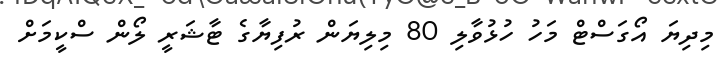
މިދިޔަ އޯގަސްޓް މަހު ހުޅުވާލި 80 މިލިޔަން ރުފިޔާގެ ޓާޝަރީ ލޯން ސްކީމަށް